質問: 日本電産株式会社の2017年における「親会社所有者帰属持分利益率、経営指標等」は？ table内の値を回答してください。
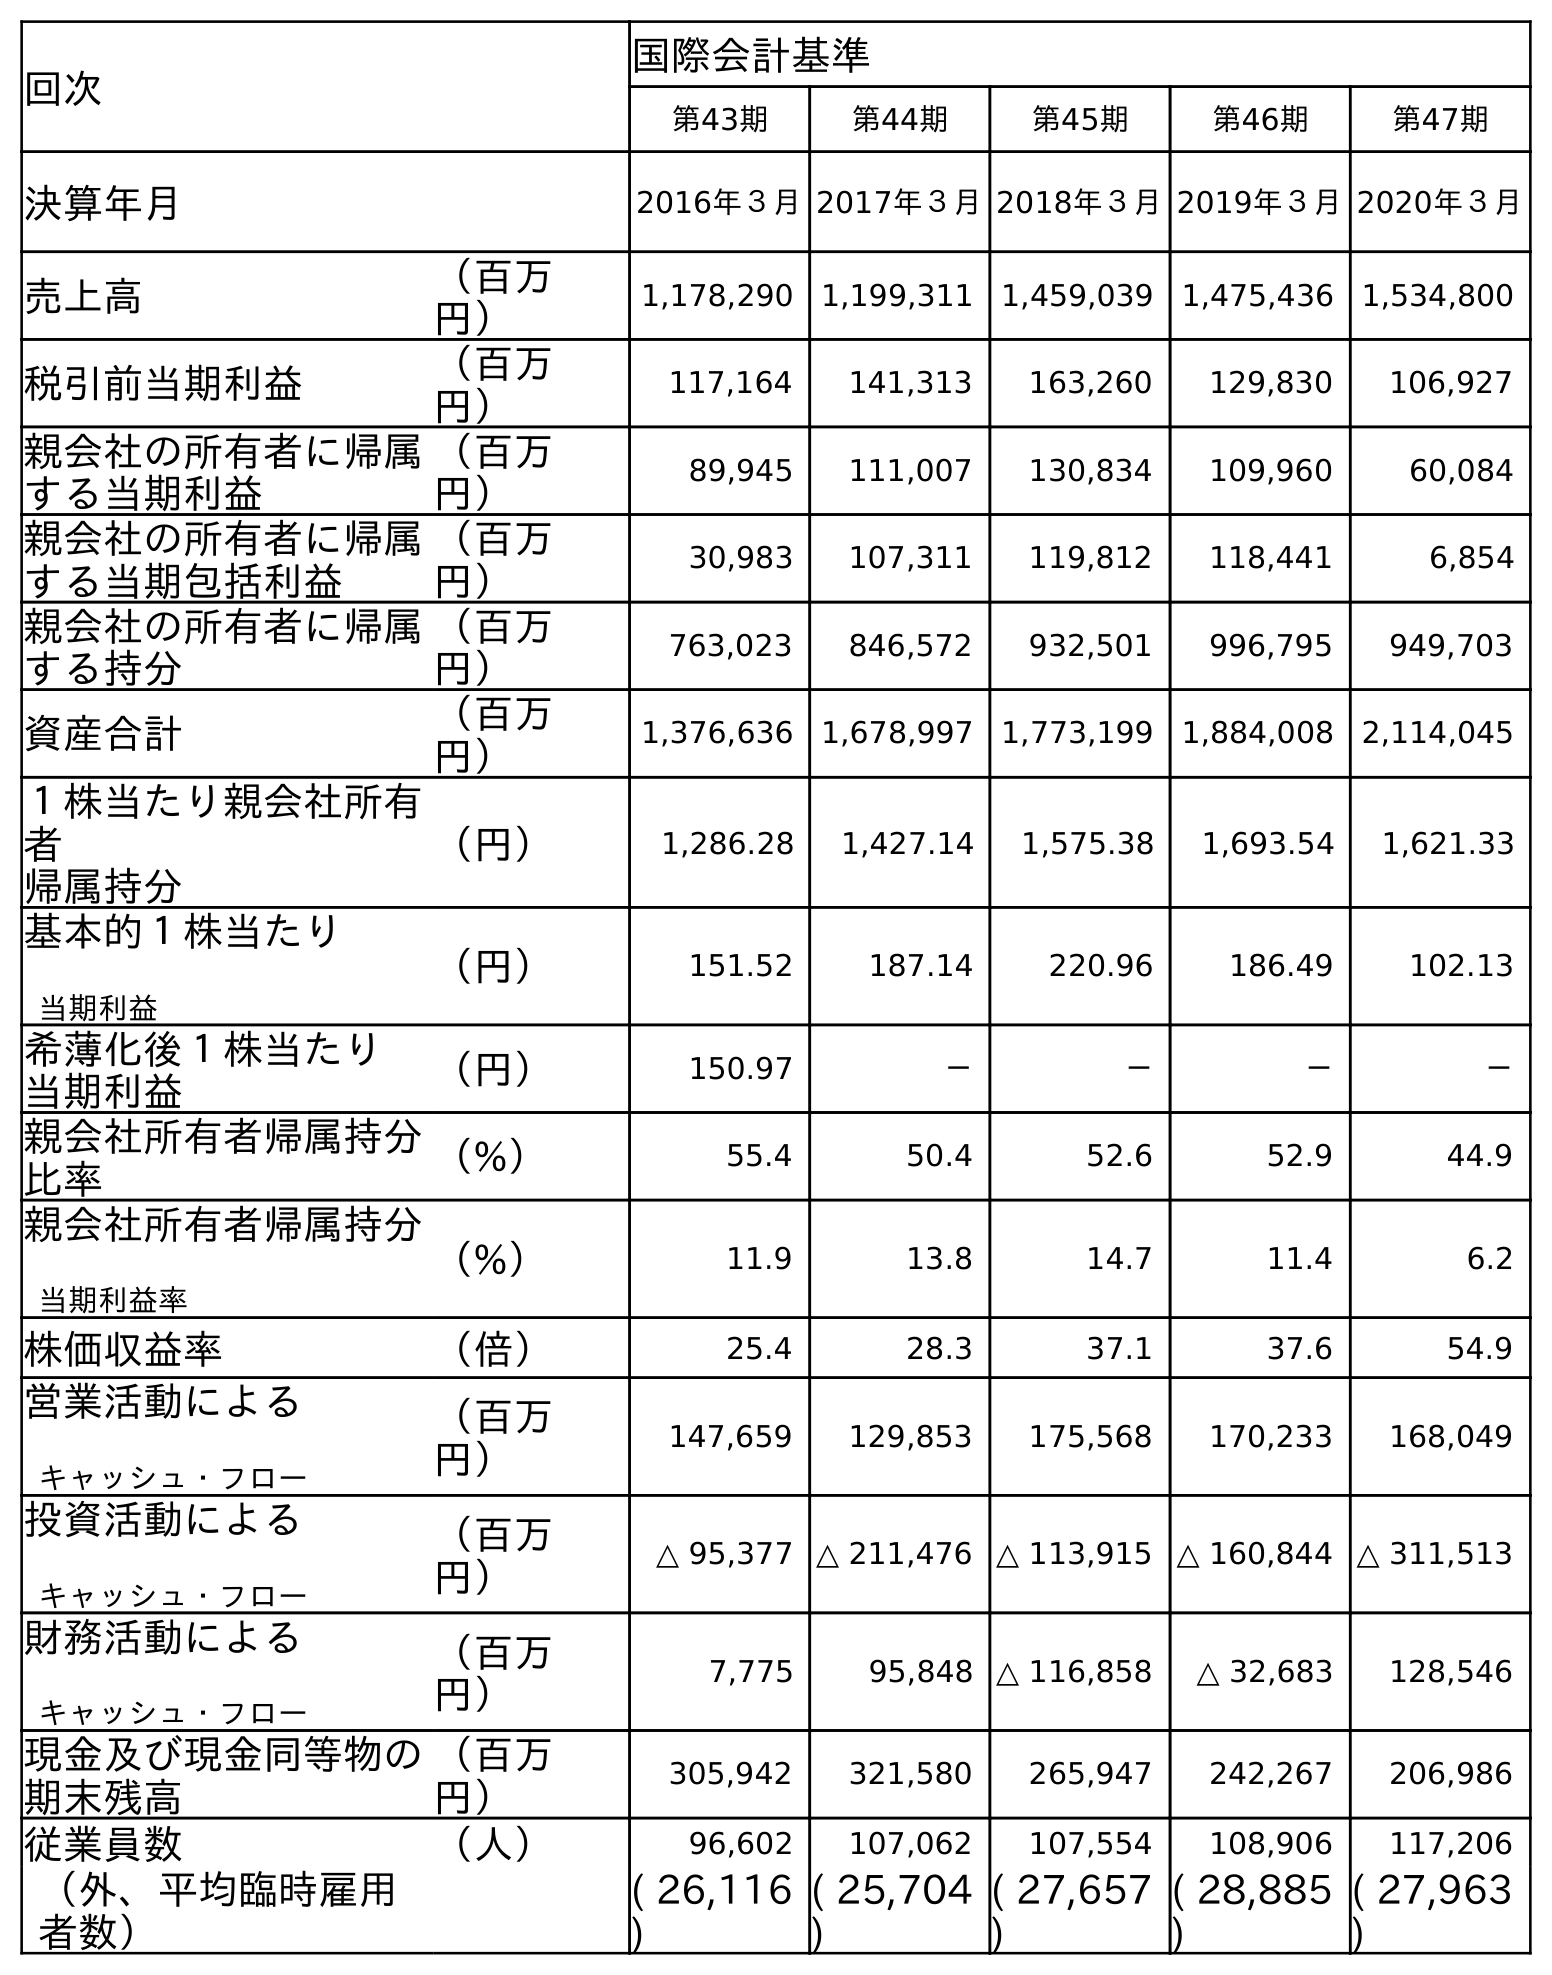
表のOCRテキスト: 回次 国際会計基準 第43期 第44期 第45期 第46期 第47期 決算年月 2016年３月2017年３月2018年３月2019年３月2020年３月 売上高 （百万 円） 1,178,290 1,199,311 1,459,039 1,475,436 1,534,800 税引前当期利益 （百万 円） 117,164 141,313 163,260 129,830 106,927 親会社の所有者に帰属 する当期利益 （百万 円） 89,945 111,007 130,834 109,960 60,084 親会社の所有者に帰属 する当期包括利益 （百万 円） 30,983 107,311 119,812 118,441 6,854 親会社の所有者に帰属 する持分 （百万 円） 763,023 846,572 932,501 996,795 949,703 資産合計 （百万 円） 1,376,636 1,678,997 1,773,199 1,884,008 2,114,045 １株当たり親会社所有 者 帰属持分 （円） 1,286.28 1,427.14 1,575.38 1,693.54 1,621.33 基本的１株当たり 当期利益 （円） 151.52 187.14 220.96 186.49 102.13 希薄化後１株当たり 当期利益 （円） 150.97 － － － － 親会社所有者帰属持分 比率 （%） 55.4 50.4 52.6 52.9 44.9 親会社所有者帰属持分 当期利益率 （%） 11.9 13.8 14.7 11.4 6.2 株価収益率 （倍） 25.4 28.3 37.1 37.6 54.9 営業活動による キャッシュ・フロー （百万 円） 147,659 129,853 175,568 170,233 168,049 投資活動による キャッシュ・フロー （百万 円） △ 95,377 △ 211,476 △ 113,915 △ 160,844 △ 311,513 財務活動による キャッシュ・フロー （百万 円） 7,775 95,848 △ 116,858 △ 32,683 128,546 現金及び現金同等物の 期末残高 （百万 円） 305,942 321,580 265,947 242,267 206,986 従業員数 （人） 96,602 107,062 107,554 108,906 117,206 （外、平均臨時雇用 者数） ( 26,116 ) ( 25,704 ) ( 27,657 ) ( 28,885 ) ( 27,963 )
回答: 13.8